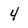
Character: 4